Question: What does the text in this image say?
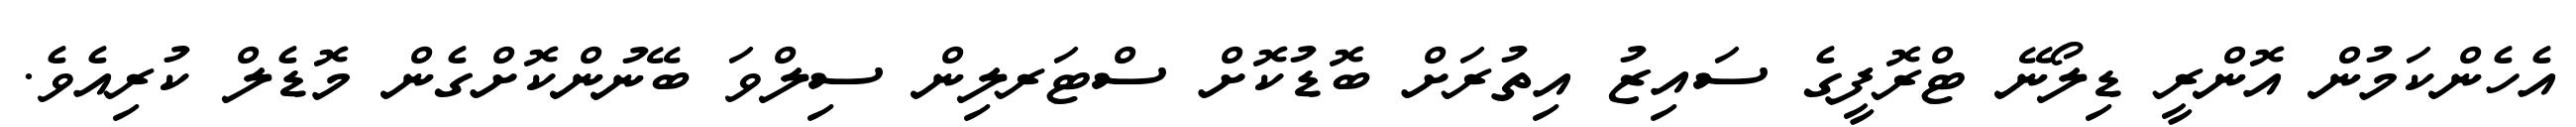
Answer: އެހެންކަމުން އޮންރީ ޑިލޯނޭ ޓްރޮފީގެ ސައިޒު އިތުރަށް ބޮޑުކޮށް ސްޓަރލިން ސިލްވަ ބޭނުންކޮށްގެން މޮޑެލް ކުރިއެވެ.